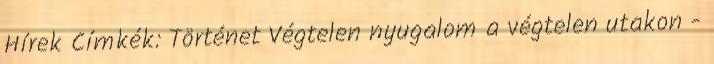
Hírek Címkék: Történet Végtelen nyugalom a végtelen utakon -